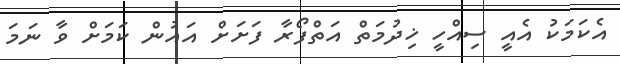
އެކަމަކު އެއީ ސިއްހީ ޚިދުމަތް އަތްފޯރާ ފަށަށް އައުން ކަމަށް ވާ ނަމަ